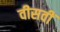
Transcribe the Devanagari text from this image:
वीसवीं